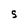
Character: 5